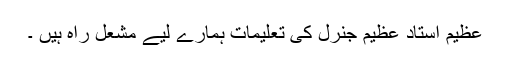
عظیم استاد عظیم جنرل کی تعلیمات ہمارے لیے مشعل راہ ہیں ۔